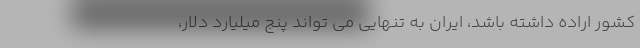
کشور اراده داشته باشد، ایران به تنهایی می تواند پنج میلیارد دلار،